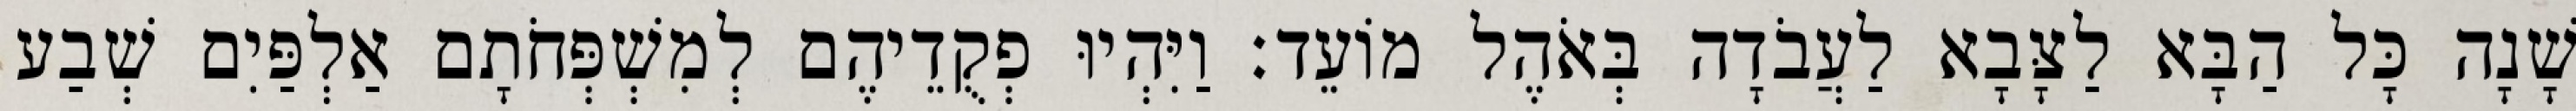
שָׁנָה כָּל הַבָּא לַצָּבָא לַעֲבֹדָה בְּאֹהֶל מוֹעֵד׃ וַיִּהְיוּ פְקֻדֵיהֶם לְמִשְׁפְּחֹתָם אַלְפַּיִם שְׁבַע